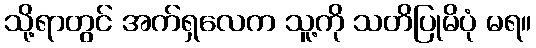
သို့ရာတွင် အက်ရှလေက သူ့ကို သတိပြုမိပုံ မရ။